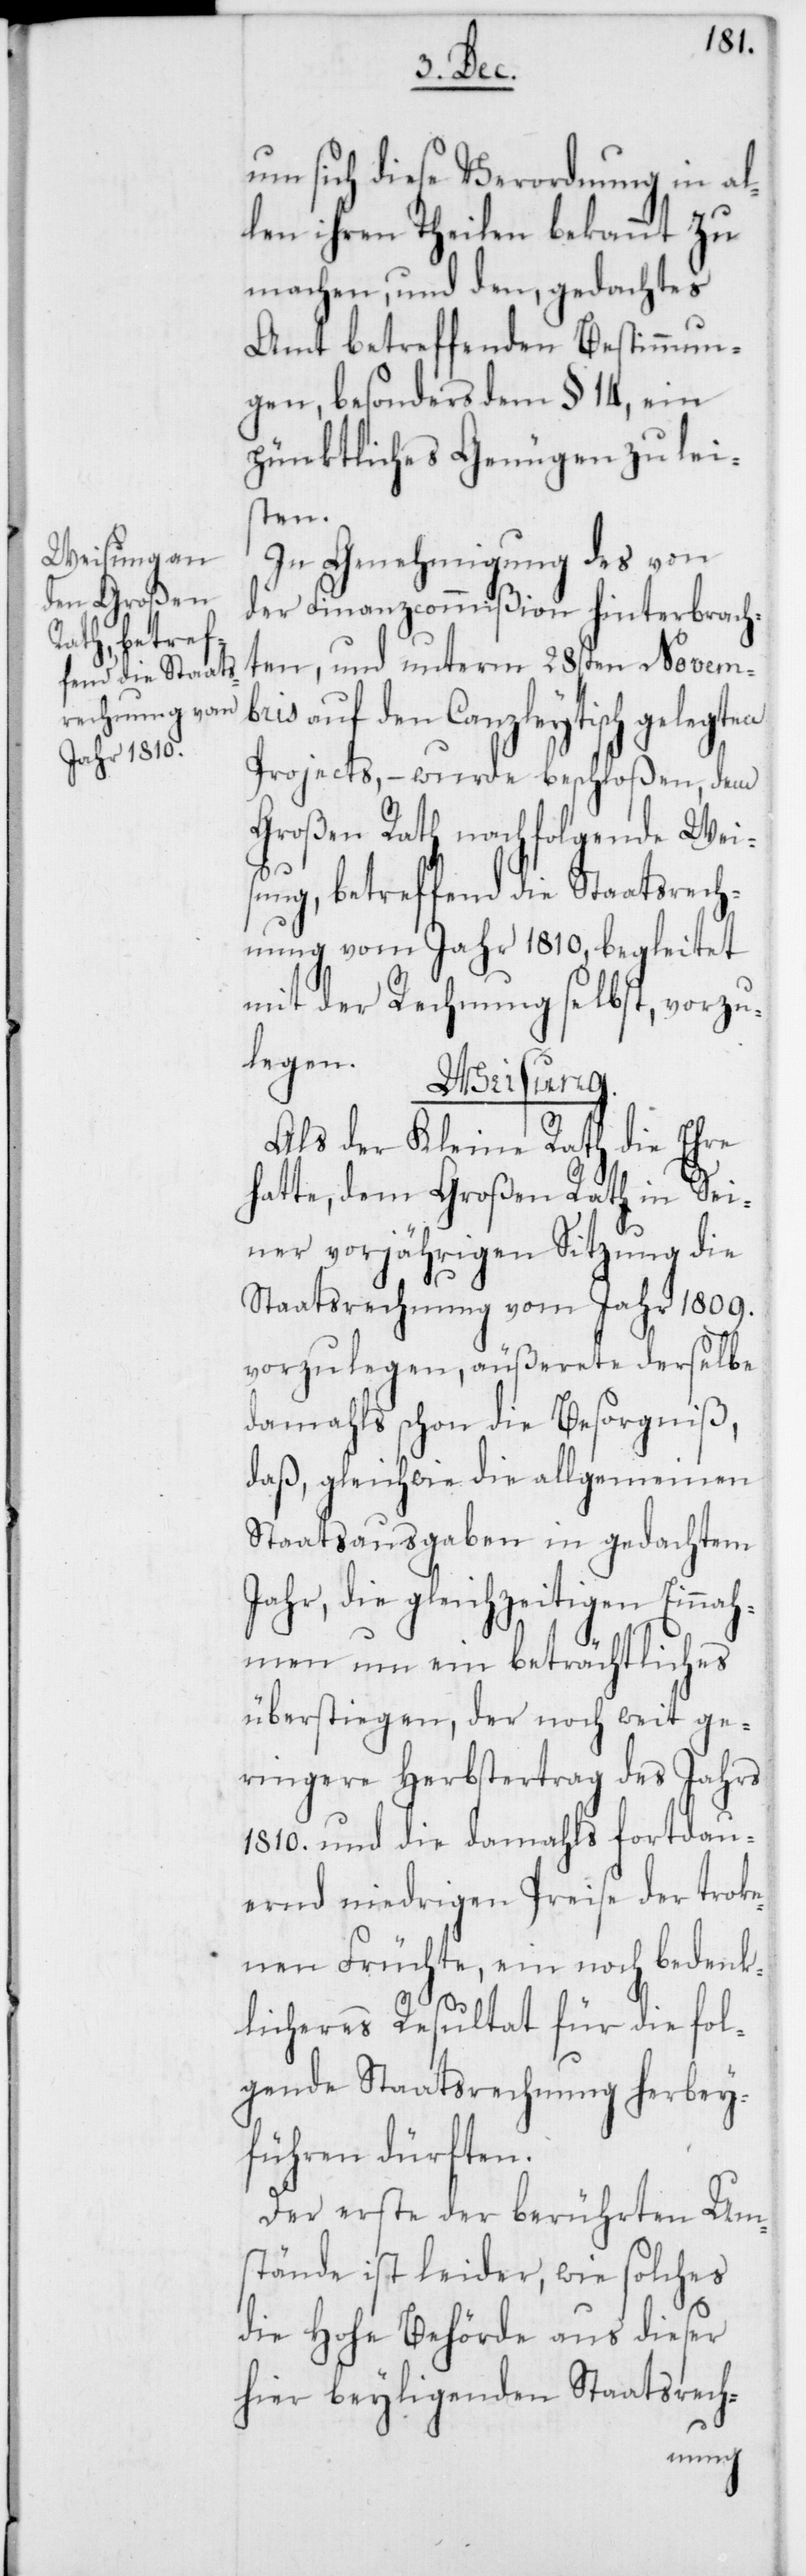
um sich diese Verordnung in al¬
len ihren Theilen bekannt zu
machen, und dem, gedachtes
Amt betreffenden Bestimmun¬
gen, besonders dem § 14, ein
pünktliches Genügen zu lei¬
sten.
In Genehmigung des von
der Finanzcommißion hinterbrach¬
ten, und unterm 28sten Novemb¬
ris auf den Canzleytisch gelegten
Projects, – wurde beschloßen, dem
Großen Rath nachfolgende Weis¬
ung, betreffend die Staatsrech¬
nung vom Jahr 1810, begleitet
mit der Rechnung selbst, vorzu¬
legen.
Weisung.
Als der Kleine Rath die Ehre
hatte, dem Großen Rath in Sei¬
ner vorjährigen Sitzung die
Staatsrechnung vom Jahr 1809.
vorzulegen, äußerete derselbe
damahls schon die Besorgniß,
daß, gleichwie die allgemeinen
Staatsausgaben in gedachtem
Jahr, die gleichzeitigen Einnah¬
men um ein beträchtliches
überstiegen, der noch weit ge¬
ringere Herbstertrag des Jahrs
1810. und die damahls fortdau¬
ernd niedrigen Preise der troke¬
nen Früchte, ein noch bedenk¬
licheres Resultat für die fol¬
gende Staatsrechnung herbey¬
führen dürften.
Der erste der berührten Um¬
stände ist leider, wie solches
die Hohe Behörde aus dieser
hier beyligenden Staatsrech-